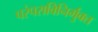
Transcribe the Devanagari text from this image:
परंपराविनिर्मुक्त